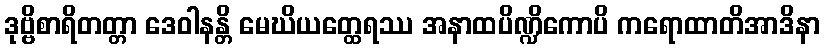
ဒုဗ္ဗိစာရိတတ္တာ ဒေဝါနန္တိ မေဃိယတ္ထေရဿ အနာထပိဏ္ဍိကောပိ ကရောထာတိအာဒိနာ